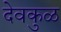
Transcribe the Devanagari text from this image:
देवकुळ